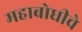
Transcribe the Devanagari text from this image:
महाबोधीचे